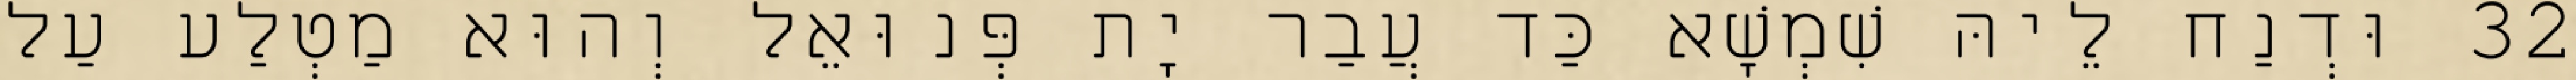
32 וּדְנַח לֵיהּ שִׁמְשָׁא כַּד עֲבַר יָת פְּנוּאֵל וְהוּא מַטְלַע עַל